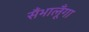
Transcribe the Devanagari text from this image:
सँभालूँगा